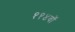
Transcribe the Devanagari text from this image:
११४वॉ